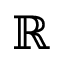
\mathbb { R }